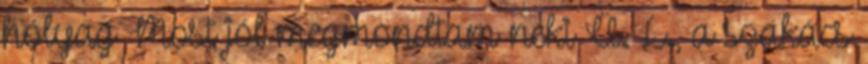
hólyag Most jól megmondtam neki Ü. L., a szakács